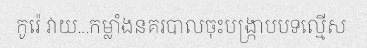
កូរ៉េ វាយ...កម្លាំងនគរបាលចុះបង្ក្រាបបទល្មើស